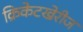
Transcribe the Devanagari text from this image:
क्रिकेटखेरीज